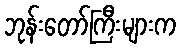
ဘုန်းတော်ကြီးများက